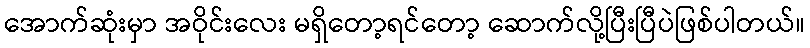
အောက်ဆုံးမှာ အဝိုင်းလေး မရှိတော့ရင်တော့ ဆောက်လို့ပြီးပြီပဲဖြစ်ပါတယ်။